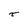
Character: r